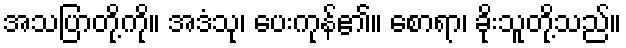
အသပြာတို့ကို။ အဒံသု၊ ပေးကုန်၏။ စောရာ၊ ခိုးသူတို့သည်။